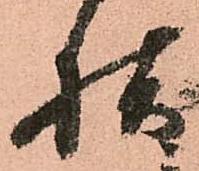
様